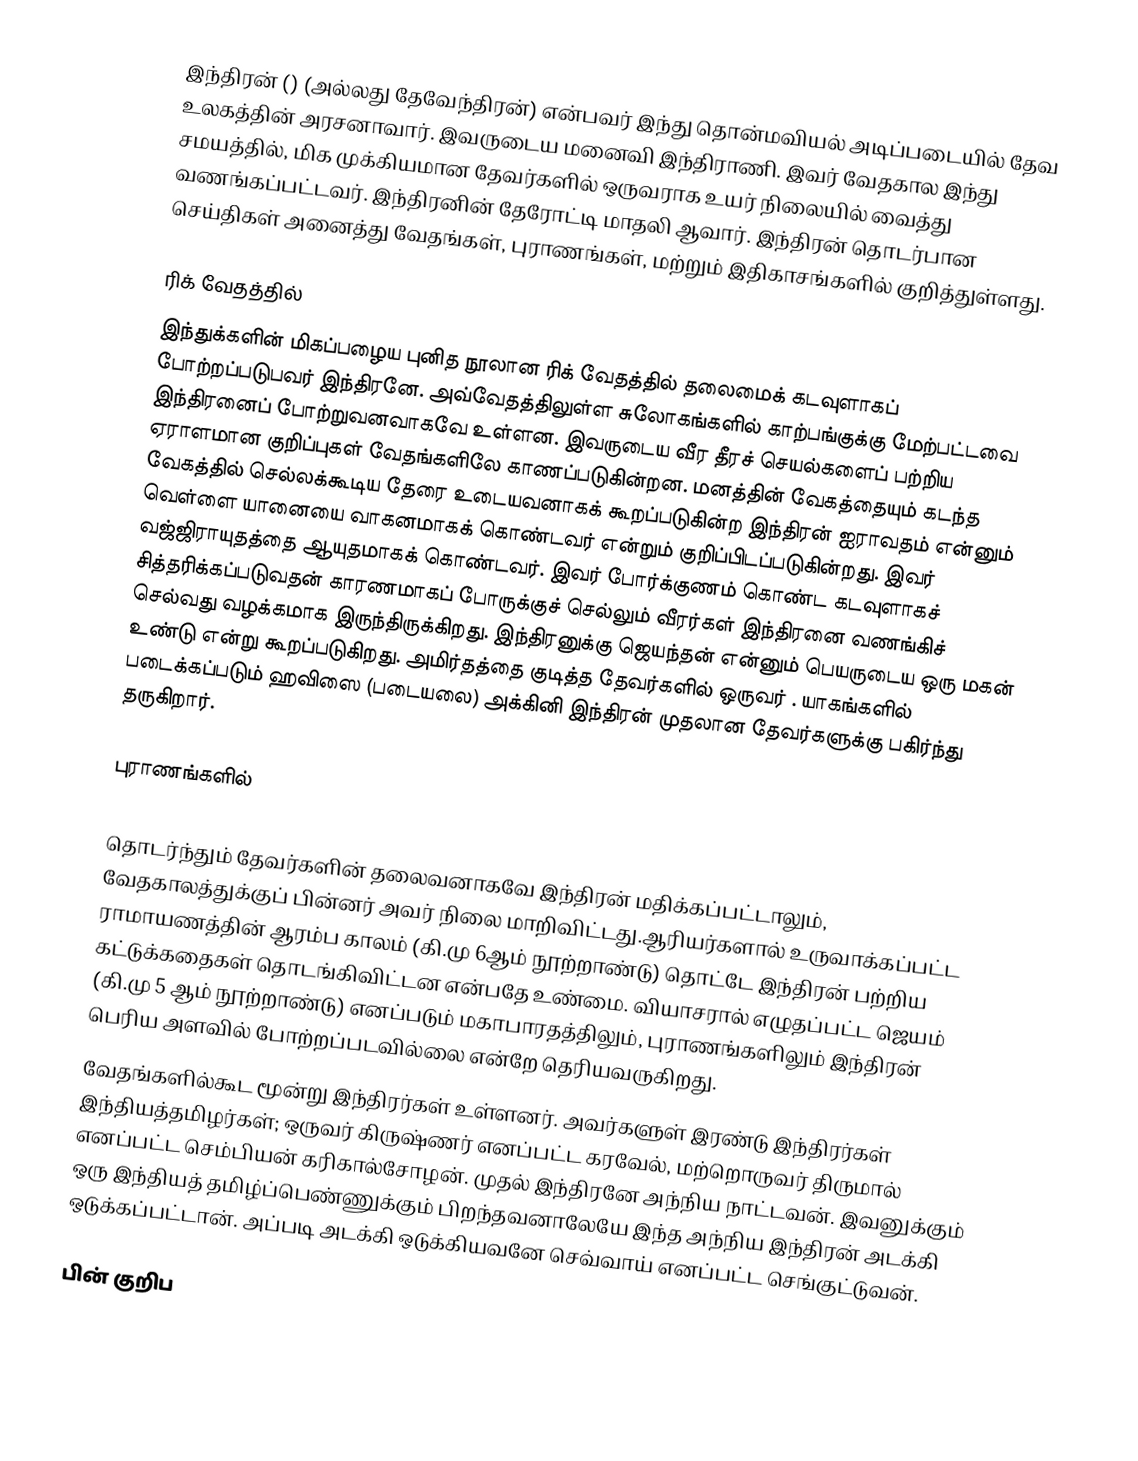
இந்திரன் () (அல்லது தேவேந்திரன்) என்பவர் இந்து தொன்மவியல் அடிப்படையில் தேவ உலகத்தின் அரசனாவார். இவருடைய மனைவி இந்திராணி. இவர் வேதகால இந்து சமயத்தில், மிக முக்கியமான தேவர்களில் ஒருவராக உயர் நிலையில் வைத்து வணங்கப்பட்டவர். இந்திரனின் தேரோட்டி மாதலி ஆவார். இந்திரன் தொடர்பான செய்திகள் அனைத்து வேதங்கள்,  புராணங்கள், மற்றும் இதிகாசங்களில் குறித்துள்ளது.

ரிக் வேதத்தில்
இந்துக்களின் மிகப்பழைய புனித நூலான ரிக் வேதத்தில் தலைமைக் கடவுளாகப் போற்றப்படுபவர் இந்திரனே. அவ்வேதத்திலுள்ள சுலோகங்களில் காற்பங்குக்கு மேற்பட்டவை இந்திரனைப் போற்றுவனவாகவே உள்ளன. இவருடைய வீர தீரச் செயல்களைப் பற்றிய ஏராளமான குறிப்புகள் வேதங்களிலே காணப்படுகின்றன. மனத்தின் வேகத்தையும் கடந்த வேகத்தில் செல்லக்கூடிய தேரை உடையவனாகக் கூறப்படுகின்ற இந்திரன் ஐராவதம் என்னும் வெள்ளை யானையை வாகனமாகக் கொண்டவர் என்றும் குறிப்பிடப்படுகின்றது. இவர் வஜ்ஜிராயுதத்தை  ஆயுதமாகக் கொண்டவர். இவர் போர்க்குணம் கொண்ட கடவுளாகச் சித்தரிக்கப்படுவதன் காரணமாகப் போருக்குச் செல்லும் வீரர்கள் இந்திரனை வணங்கிச் செல்வது வழக்கமாக இருந்திருக்கிறது. இந்திரனுக்கு ஜெயந்தன் என்னும் பெயருடைய ஒரு மகன் உண்டு என்று கூறப்படுகிறது. அமிர்தத்தை குடித்த தேவர்களில் ஒருவர் . யாகங்களில் படைக்கப்படும் ஹவிஸை (படையலை) அக்கினி இந்திரன் முதலான தேவர்களுக்கு பகிர்ந்து தருகிறார்.

புராணங்களில்

தொடர்ந்தும் தேவர்களின் தலைவனாகவே இந்திரன் மதிக்கப்பட்டாலும், வேதகாலத்துக்குப் பின்னர் அவர் நிலை மாறிவிட்டது.ஆரியர்களால் உருவாக்கப்பட்ட  ராமாயணத்தின் ஆரம்ப காலம் (கி.மு 6ஆம் நூற்றாண்டு)  தொட்டே இந்திரன் பற்றிய கட்டுக்கதைகள் தொடங்கிவிட்டன என்பதே உண்மை. வியாசரால் எழுதப்பட்ட ஜெயம் (கி.மு 5 ஆம் நூற்றாண்டு) எனப்படும் மகாபாரதத்திலும்,  புராணங்களிலும் இந்திரன் பெரிய அளவில் போற்றப்படவில்லை என்றே  தெரியவருகிறது.
வேதங்களில்கூட மூன்று இந்திரர்கள் உள்ளனர். அவர்களுள் இரண்டு இந்திரர்கள் இந்தியத்தமிழர்கள்; ஒருவர் கிருஷ்ணர் எனப்பட்ட கரவேல், மற்றொருவர் திருமால் எனப்பட்ட செம்பியன் கரிகால்சோழன். முதல் இந்திரனே அந்நிய நாட்டவன். இவனுக்கும் ஒரு இந்தியத் தமிழ்ப்பெண்ணுக்கும் பிறந்தவனாலேயே இந்த அந்நிய இந்திரன் அடக்கி ஒடுக்கப்பட்டான். அப்படி அடக்கி ஒடுக்கியவனே செவ்வாய் எனப்பட்ட செங்குட்டுவன்.

பின் குறிப